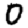
Digit: 0